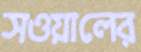
সওয়ালের